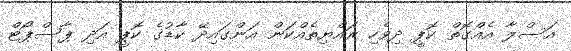
އަސްލާ އެއްގޮތް ކޮޕީ ދިވެހި ރައްޔިތެއްކަން އަންގައިދޭ ކާޑުގެ ކޮޕީ އަދި ޕާސްޕޯޓް